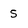
Character: 5